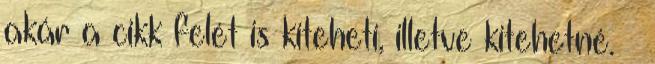
akár a cikk felét is kiteheti, illetve kitehetné. →